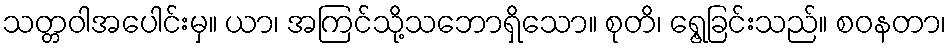
သတ္တဝါအပေါင်းမှ။ ယာ၊ အကြင်သို့သဘောရှိသော။ စုတိ၊ ရွေ့ခြင်းသည်။ စဝနတာ၊